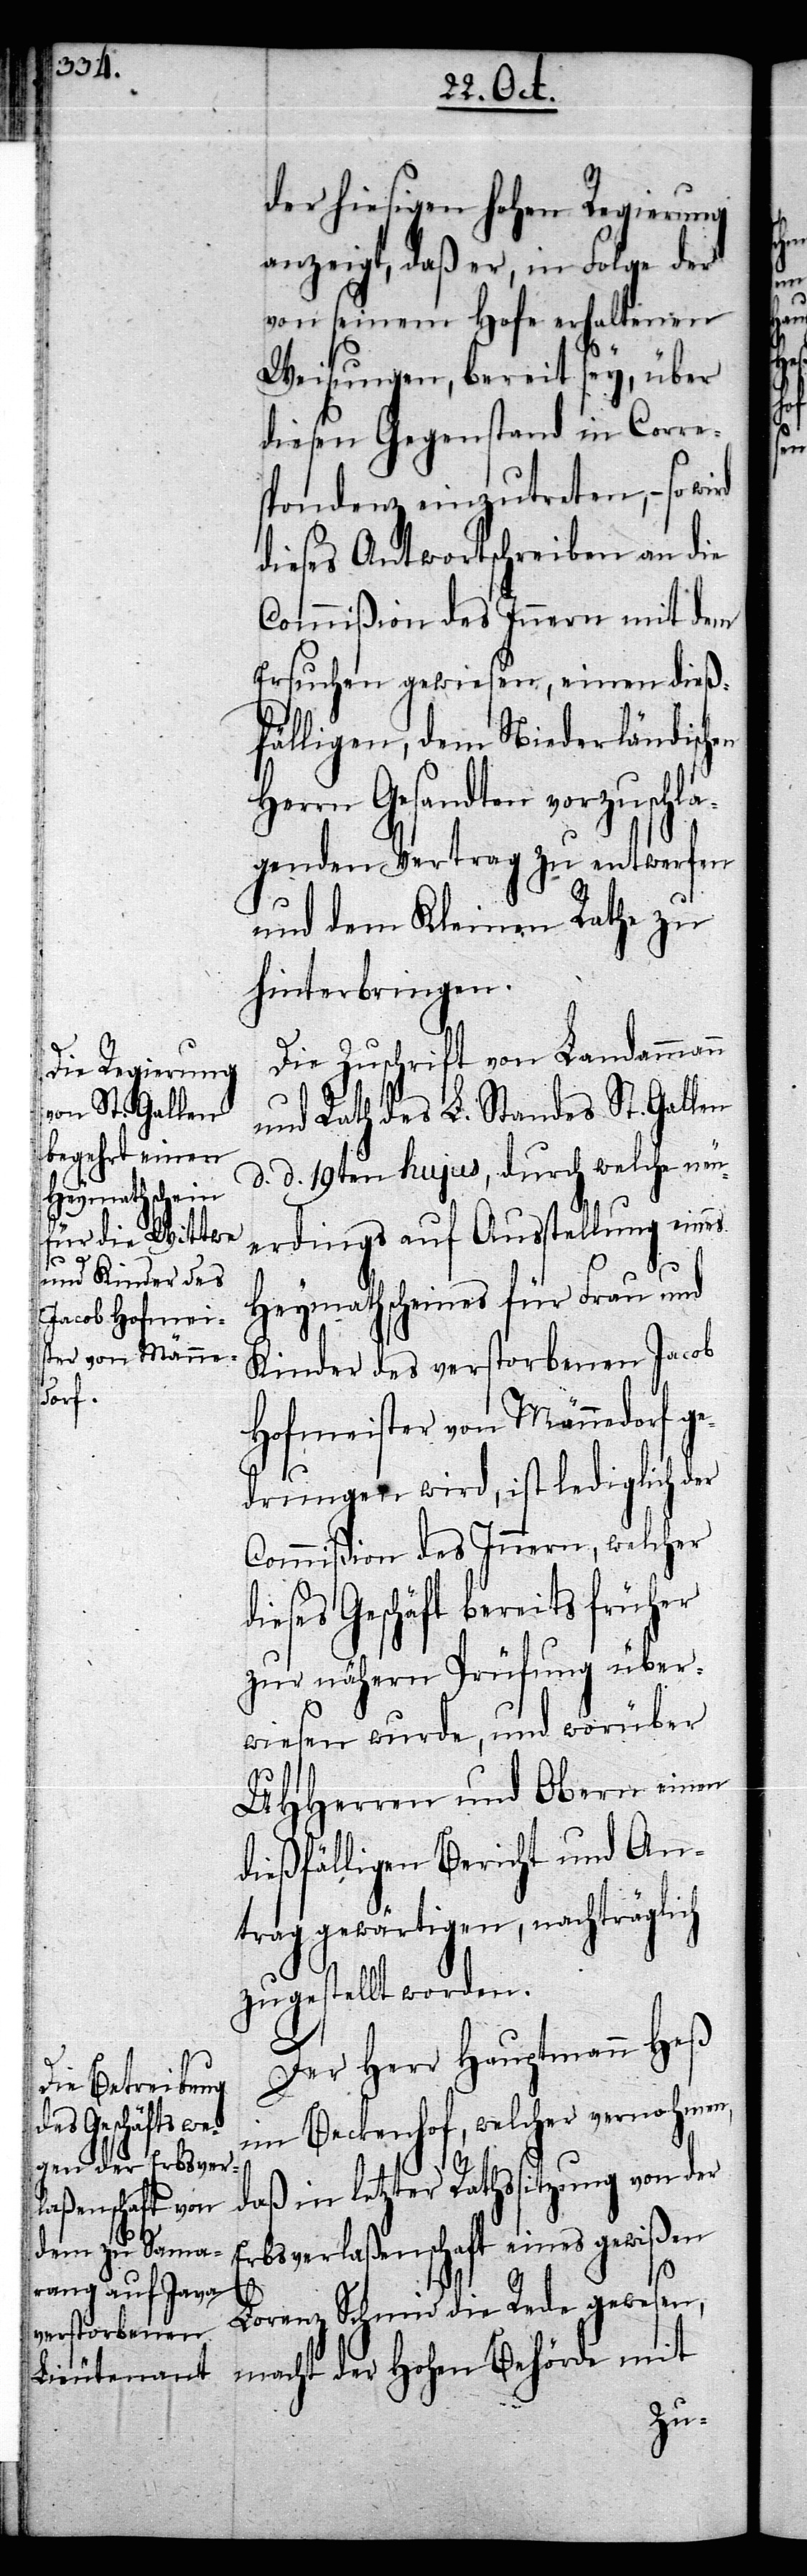
en

der hiesigen hohen Regierung
anzeigt, daß er, in Folge der
von seinem Hofe erhaltenen
Weisungen, bereit sey, über
diesen Gegenstand in Corre¬
spondenz einzutreten, – so
dieses Antwortschreiben an die
Commißion des Innern mit dem
Ersuchen gewiesen, einen dieß¬
fälligen, dem Niederländisch¬
Herrn Gesandten vorzuschla¬
genden Vertrag zu entwerfen
und dem Kleinen Rathe zu
hinterbringen.
Die Zuschrift von Landammann
und Rath des L. Standes St. Gallen
d. d. 19ten hujus, durch welche neu¬
erdings auf Ausstellung eines
Heymathscheines für Frau und
Kinder des verstorbenen Jacob
Hofmeister von Männedorf ge¬
drungen wird, ist lediglich der
Commißion des Innern, welcher
dieses Geschäft bereits früher
zur nähern Prüfung über¬
wiesen wurde, und worüber
UHHerren und Obern einen
dießfälligen Bericht und An¬
trag gewärtigen, nachträglich
zugestellt worden.
Der Herr Hauptmann Heß
im Beckenhof, welcher vernohmen,
daß in letzter Rathssitzung von der
Erbsverlaßenschaft eines gewißen
Lorenz Schmid die Rede gewesen,
macht der Hohen Behörde mit